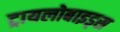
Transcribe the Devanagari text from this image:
ट्रायलोबाइड्स